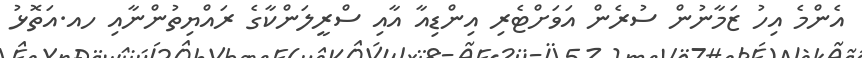
އެންމެ އިހު ޒަމާނުން ސުުރެން އަވަށްޓެރި އިންޑިއާ އާއި ސްރީލަންކާގެ ރައްޔިތުންނާއި ހއ.އަތޮޅު